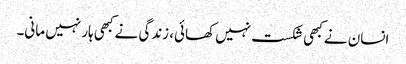
انسان نے کبھی شکست نہیں کھائی، زندگی نے کبھی ہار نہیں مانی۔